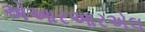
એઆરઆરએલ